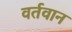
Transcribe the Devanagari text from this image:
वर्तवान